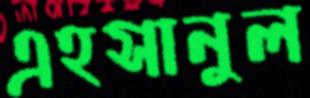
এহসানুল